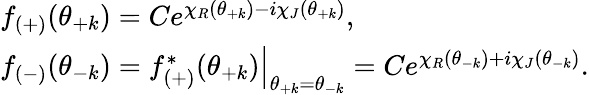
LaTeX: \begin{array}{l}{{f_{(+)}(\theta_{+k})=Ce^{\chi_{R}(\theta_{+k})-i\chi_{J}(\theta_{+k})},}}\\ {{f_{(-)}(\theta_{-k})=\left.f_{(+)}^{*}(\theta_{+k})\right|_{\theta_{+k}=\theta_{-k}}=Ce^{\chi_{R}(\theta_{-k})+i\chi_{J}(\theta_{-k})}.}}\end{array}